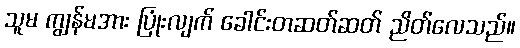
သူမ ကျွန်မအား ပြုံးလျက် ခေါင်းတဆတ်ဆတ် ညိတ်လေသည်။